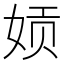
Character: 𫝪